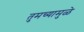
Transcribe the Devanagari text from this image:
तुमच्यामुळे